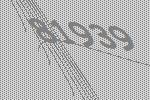
81939